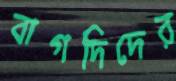
বাগদিদের